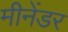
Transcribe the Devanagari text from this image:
मीनेंडर